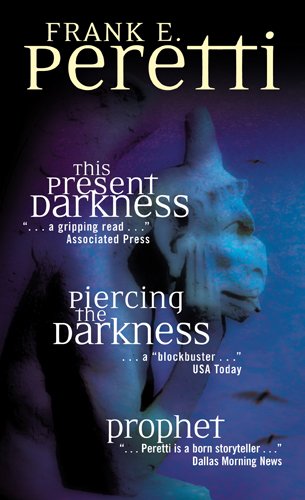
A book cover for Peretti Three-Pack; Frank E. Peretti; Literature & Fiction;